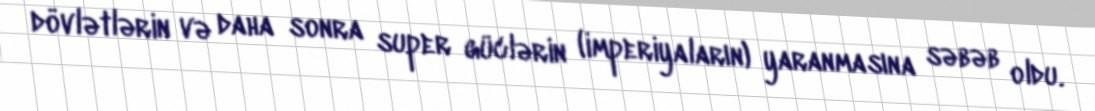
dövlətlərin və daha sonra super güclərin (imperiyaların) yaranmasına səbəb oldu.